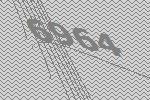
6964